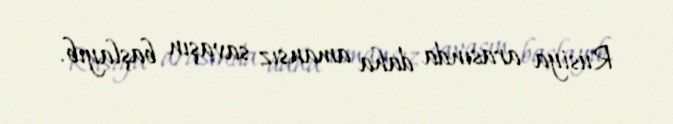
Rusiya arasında daha amansız savaşın başlayıb.